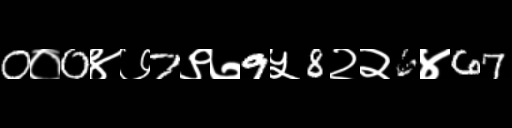
Text: 0०0४७7९७9५8२२6४67